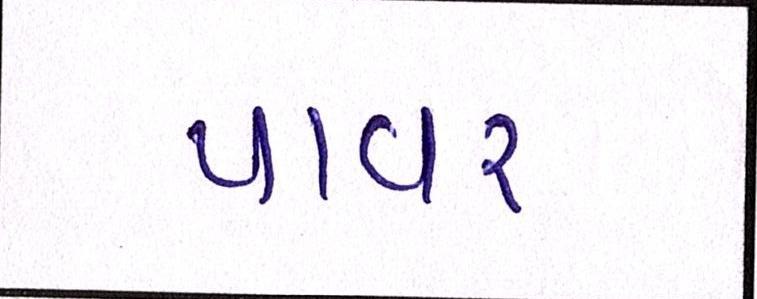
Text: પાવર